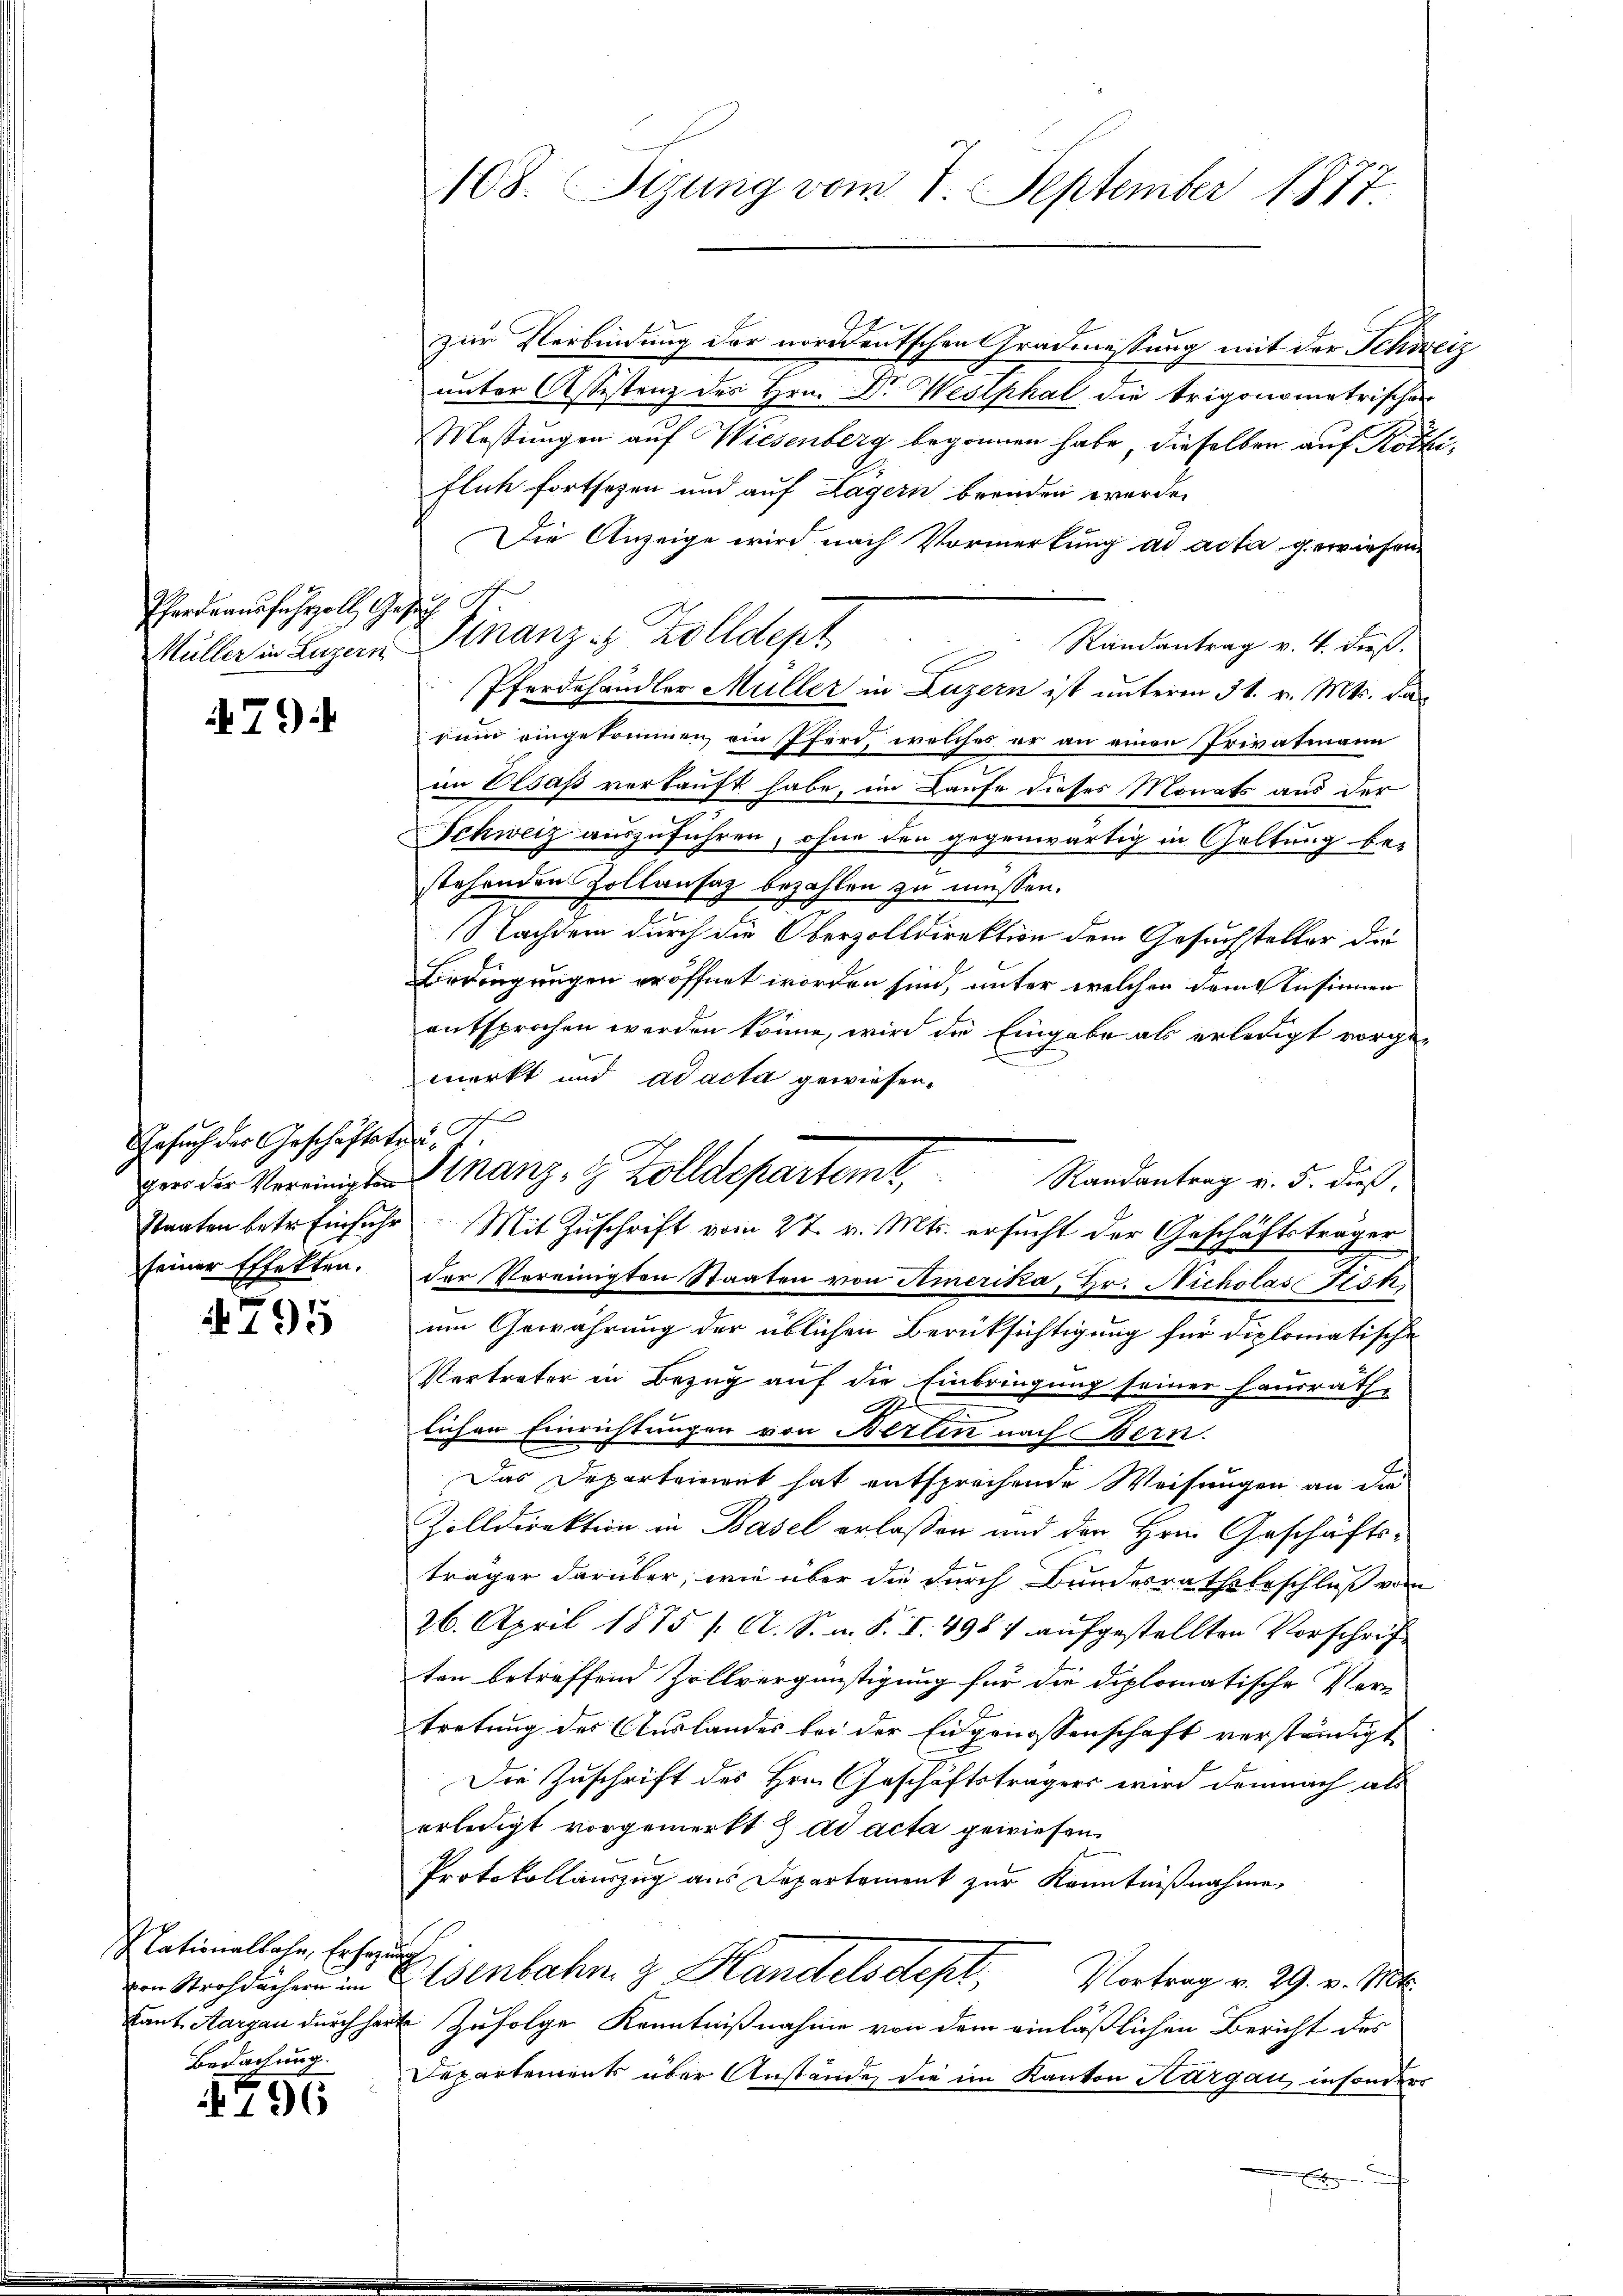
Pferdrausfuhrzoll Ge¬

79

Gesuch des Geschäftste
gers der Vereinigten
Staaten betr. Einfuhr
seiner Effekten.

4795

lationalbahn, Erharr
von Strohdächern im
Laut Aargau durch her
Bedachung.

4796

108. Sizung vom 7. September 1877.

Müller in Luzern Finanz- & Zolldept

zur Verbindung der norddeutschen Gradmessung mit der Schniunter Cessistenz des Hrn. Dr. Westphal die trigonometrischen
Mastungen auf Wiesenberg begonnen habe, dieselben auf Köthe
flich fortsetzen und auf Lagern brenden werden
Die Anzeige wird nach Vormerkung ad acta gewiesen
Randantrag v. 4. dieß.
Pferdehändler Müller in Luzern ist unterm 31. v. Mts. das
rum eingekommen, ein Pferd, welches er an einen Privatmann
im Elsaß vorkauft habe, im Laufe dieses Monats aus der
Schweiz auszuführen, ohne den gegenwärtig in Geltung be-
stehenden Zollansaz bezahlen zu müssen.
Nachdem durch die Oberzolldirektion dem Gesuchsteller der
Bedingungen eröffnet worden sind, unter welchen dem Ansinnen
entsprochen werden könne, wird die Eingabe als erledigt vorgemerkt und ad acta gewiesen.
Mit Zuschrift vom 27. v. Mts. ersucht der Geschäftsträger
der Vereinigten Staaten von Amerika, Hr. Nicholas Tisch,
um Gewährung der üblichen Berüksichtigung für diplomatische
Vertreter in Bezug auf die Einbringung seiner Hausrathe
e
lichen Einrichtungen von Berlin nach Bern.
Das Departeinert hat entsprechende Weisungen an die
Zolldirektion in Basel erlassen und der Hrn. Geschäftsträger darüber, wie über die durch Bundesrathsbeschluß vom
26. April 1875 /: A. S. u. S. I. 4987 aufgestellten Vorschriften betreffend Zollvergünstigung für die diplomatische Ver-
tretung des Auslandes bei der Eidgenossenschaft verständigt
Die Zuschrift des Hrn. Geschäftsträgers wird demnach als
erledigt vorgemerkt & ad acta gewiesen.
Protokollauszug aus Departement zur Kenntnißnahme,
Eisenbahn z. Handelsdept, Vortrag v. 29. v. Mt
Zufolge Kenntnißnahme von dem einläßlichen Bericht des
Departements über Anstände die im Kanton Thurgau, insonders

f
A
n
.
f
Finanz- 8 Zolldepartemt, Randantrag v. 5. dieß

h